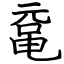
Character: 鼋